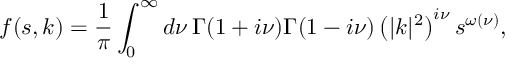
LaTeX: f ( s , k ) = \frac { 1 } { \pi } \int _ { 0 } ^ { \infty } d \nu \, \Gamma ( 1 + i \nu ) \Gamma ( 1 - i \nu ) \left( | k | ^ { 2 } \right) ^ { i \nu } s ^ { \omega ( \nu ) } ,